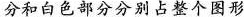
分和白色部分分别占整个图形